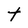
Character: t